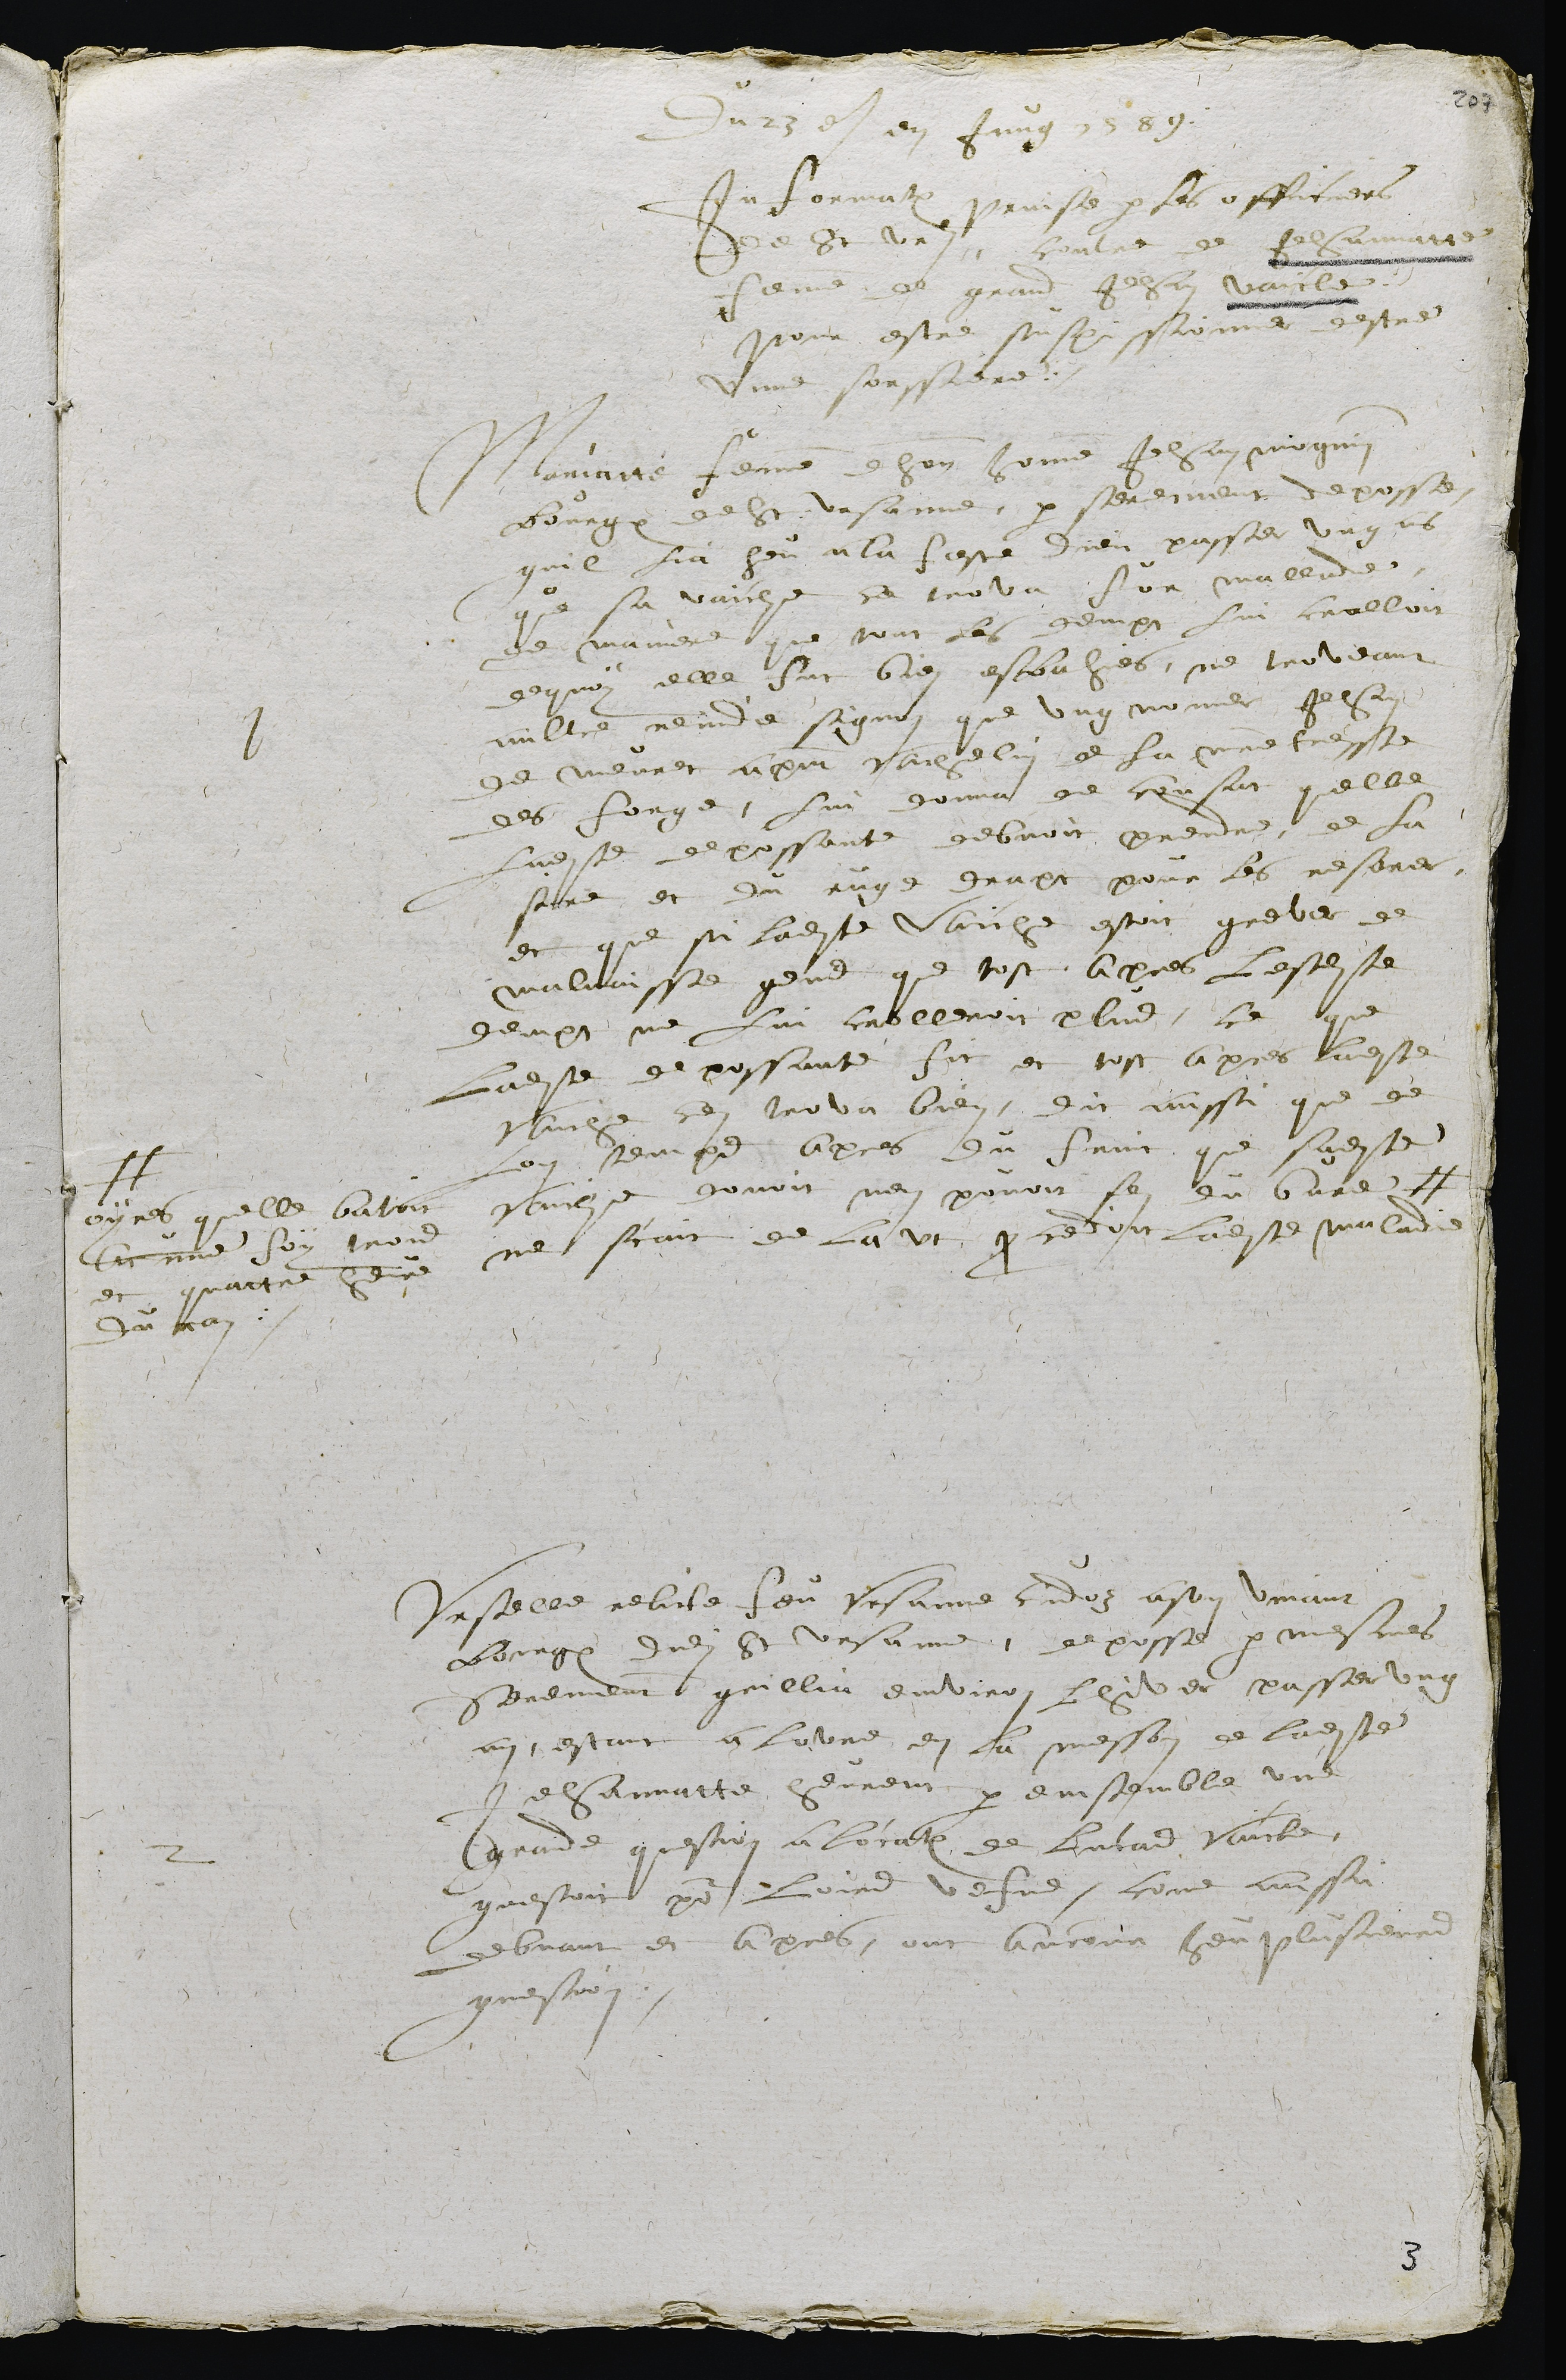
Du 23 et en jung 1589.
Information prinse par les officiers
de St Ursanne contre de Jehannatte
femme de grand Jehan Vaicle 
pour estre suspissionnee destre
unne sorssiere.
Mariatte, femme de honorable homme Jehan maguy
bourgeois de St Ursanne, par serement deposse
quil lia heu a la feste dieu passe ung an
que sa vaiche se trova for mallade,
de maniere que tout les dempt lui crolloient, 
de quoy elle fut bien esbahies, ne troveant
aultre remide signon que ung nomer Jehan
de meurer a present vachelin de la maîtresse
des Forge, lui donna de cousat quelle
ladite depossante debvoit prendre, de la
cire et du rouge drap pour les resarer
et que si ladite vache estoit grever de
mauvaises gens, que tost apres lesdites
denpt ne lui crolleroient plus, ce que
ladite depossante fit, et tost apres, ladite
vache s'en trova bien; dit aussi que
longtemps apres, du lait que ladite
vaiche donnoit elle nen pouvoit faire du bure # 
#
oyres quelle batoit
en une foy trois 
et quattre heure
duran
ne scait de la ut procedoit ladite maladie
Urselle relicte feu Ursanne Cidoz, a son vivant
bourgeois dudit St Ursanne, deposse par mesmes
serement quillia environ lhiver passer ung
an, estant à lovre en la messon de ladite
Jehannatte, heurent par emsemble une
grande question a location de Lucas Vaicle.
questoit pour loirs vefve, come aussi
debvant et apres, ont encour heu plusieurs
question.